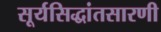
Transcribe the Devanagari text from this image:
सूर्यसिद्धांतसारणी